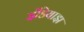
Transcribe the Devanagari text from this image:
इंडियाझ